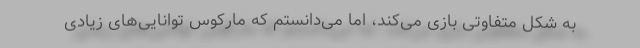
به شکل متفاوتی بازی می‌کند، اما می‌دانستم که مارکوس توانایی‌های زیادی